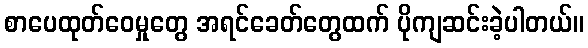
စာပေထုတ်ဝေမှုတွေ အရင်ခေတ်တွေထက် ပိုကျဆင်းခဲ့ပါတယ်။